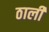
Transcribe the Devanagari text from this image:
ठाली